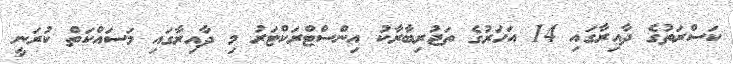
ކަސްރަތުގެ ދާއިރާގައި 14 އަހަރުގެ ތަޖުރިބާރާކު އިންސްޓްރަކްޓަރު މި ދާއިރާގައި މަސައްކަތް ކުރަނީ